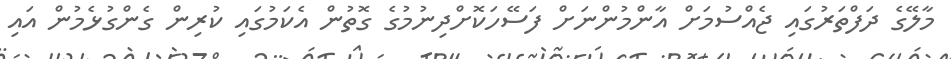
މާލޭގެ ދަފްތަރުގައި ޖެއްސުމަށް އާންމުންނަށް ފަސޭހަކޮށްދިނުމުގެ ގޮތުން އެކަމުގައި ކުރިން ގެންގުޅެމުން އައި